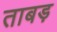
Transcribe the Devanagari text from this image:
ताबड़